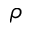
\rho